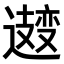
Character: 𫑆